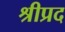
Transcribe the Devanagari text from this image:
श्रीप्रद